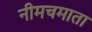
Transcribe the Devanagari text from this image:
नीमचमाता